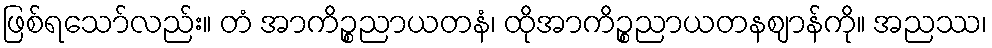
ဖြစ်ရသော်လည်း။ တံ အာကိဉ္စညာယတနံ၊ ထိုအာကိဉ္စညာယတနဈာန်ကို။ အညဿ၊